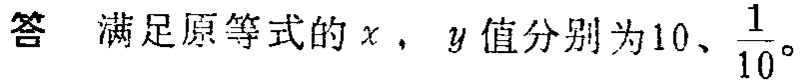
答 满足原等式的\(x\)，\(y\)值分别为\(10\)、\(\frac{1}{10}\)。